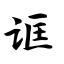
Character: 诓